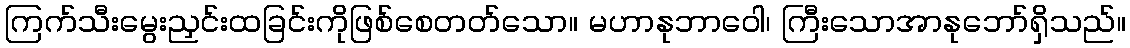
ကြက်သီးမွေးညှင်းထခြင်းကိုဖြစ်စေတတ်သော။ မဟာနုဘာဝေါ၊ ကြီးသောအာနုဘော်ရှိသည်။